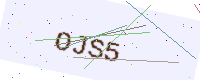
Text: OJS5